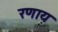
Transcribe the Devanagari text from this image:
रणाय